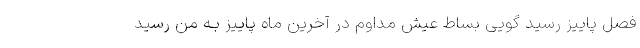
فصل پاییز رسید گویی بساط عیش مداوم در آخرین ماه پاییز بـه من رسید